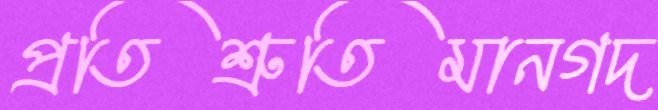
প্রতিশ্রুতিমানগদ